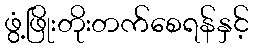
ဖွံ့ဖြိုးတိုးတက်စေရန်နှင့်